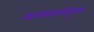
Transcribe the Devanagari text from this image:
राज्यपालनियुक्त